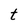
Character: t